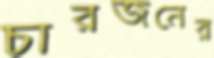
চারজনের